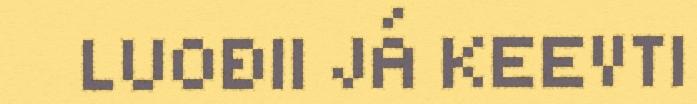
LUOĐII JÁ KEEVTI